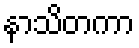
နာသိတကာ